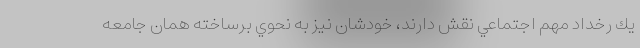
يك رخداد مهم اجتماعي نقش دارند، خودشان نيز به نحوي برساخته همان جامعه